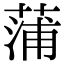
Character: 蒲